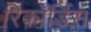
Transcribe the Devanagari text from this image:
रिकॉर्डिस